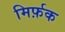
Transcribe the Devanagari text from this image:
मिर्फ़क